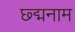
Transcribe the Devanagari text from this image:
छ्द्मनाम